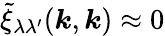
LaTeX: \tilde{\xi}_{\lambda\lambda^{\prime}}(\boldsymbol{k},\boldsymbol{k})\approx 0